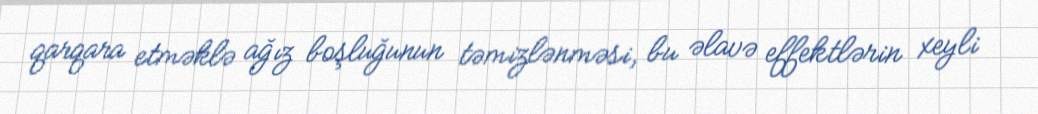
qarqara etməklə ağız boşluğunun təmizlənməsi, bu əlavə effektlərin xeyli